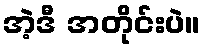
အဲ့ဒီ အတိုင်းပဲ။